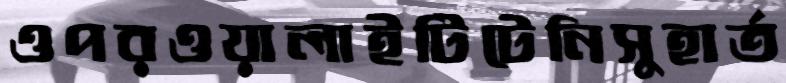
ওপরওয়ালাইটিটেনিসুহার্ত